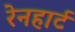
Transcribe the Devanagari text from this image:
रेनहार्ट